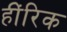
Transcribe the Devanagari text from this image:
हींरिक